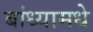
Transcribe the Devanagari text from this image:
बांध्यामधे